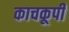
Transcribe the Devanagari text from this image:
काचकूपी